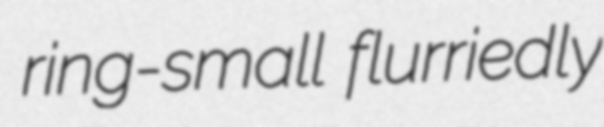
ring-small flurriedly